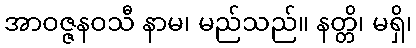
အာဝဇ္ဇနဝသီ နာမ၊ မည်သည်။ နတ္တိ၊ မရှိ၊